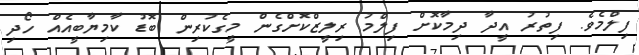
ފިލްމެވެ. ފިތުރު އީދާ ދިމާކޮށް ފިލްމު ރިލީޒްކޮށްގެން މީގެކުރިން ބޮޑު ކާމިޔާބީއެއް ހޯދި